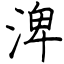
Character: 渒